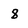
Character: 8